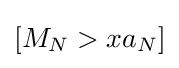
[M_{N}>xa_{N}]